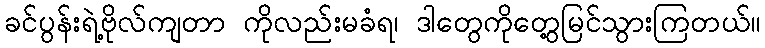
ခင်ပွန်းရဲ့ဗိုလ်ကျတာ ကိုလည်းမခံရ၊ ဒါတွေကိုတွေ့မြင်သွားကြတယ်။